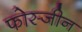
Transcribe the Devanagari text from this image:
फोस्जीन